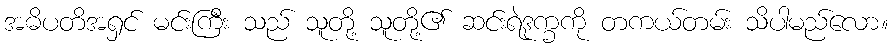
အဓိပတိအရှင် မင်းကြီး သည် သူတို့ သူတို့၏ ဆင်းရဲဒုက္ခကို တကယ်တမ်း သိပါမည်လော။